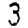
Digit: 3